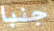
جنبا